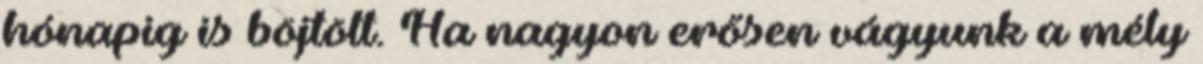
hónapig is böjtölt. Ha nagyon erősen vágyunk a mély